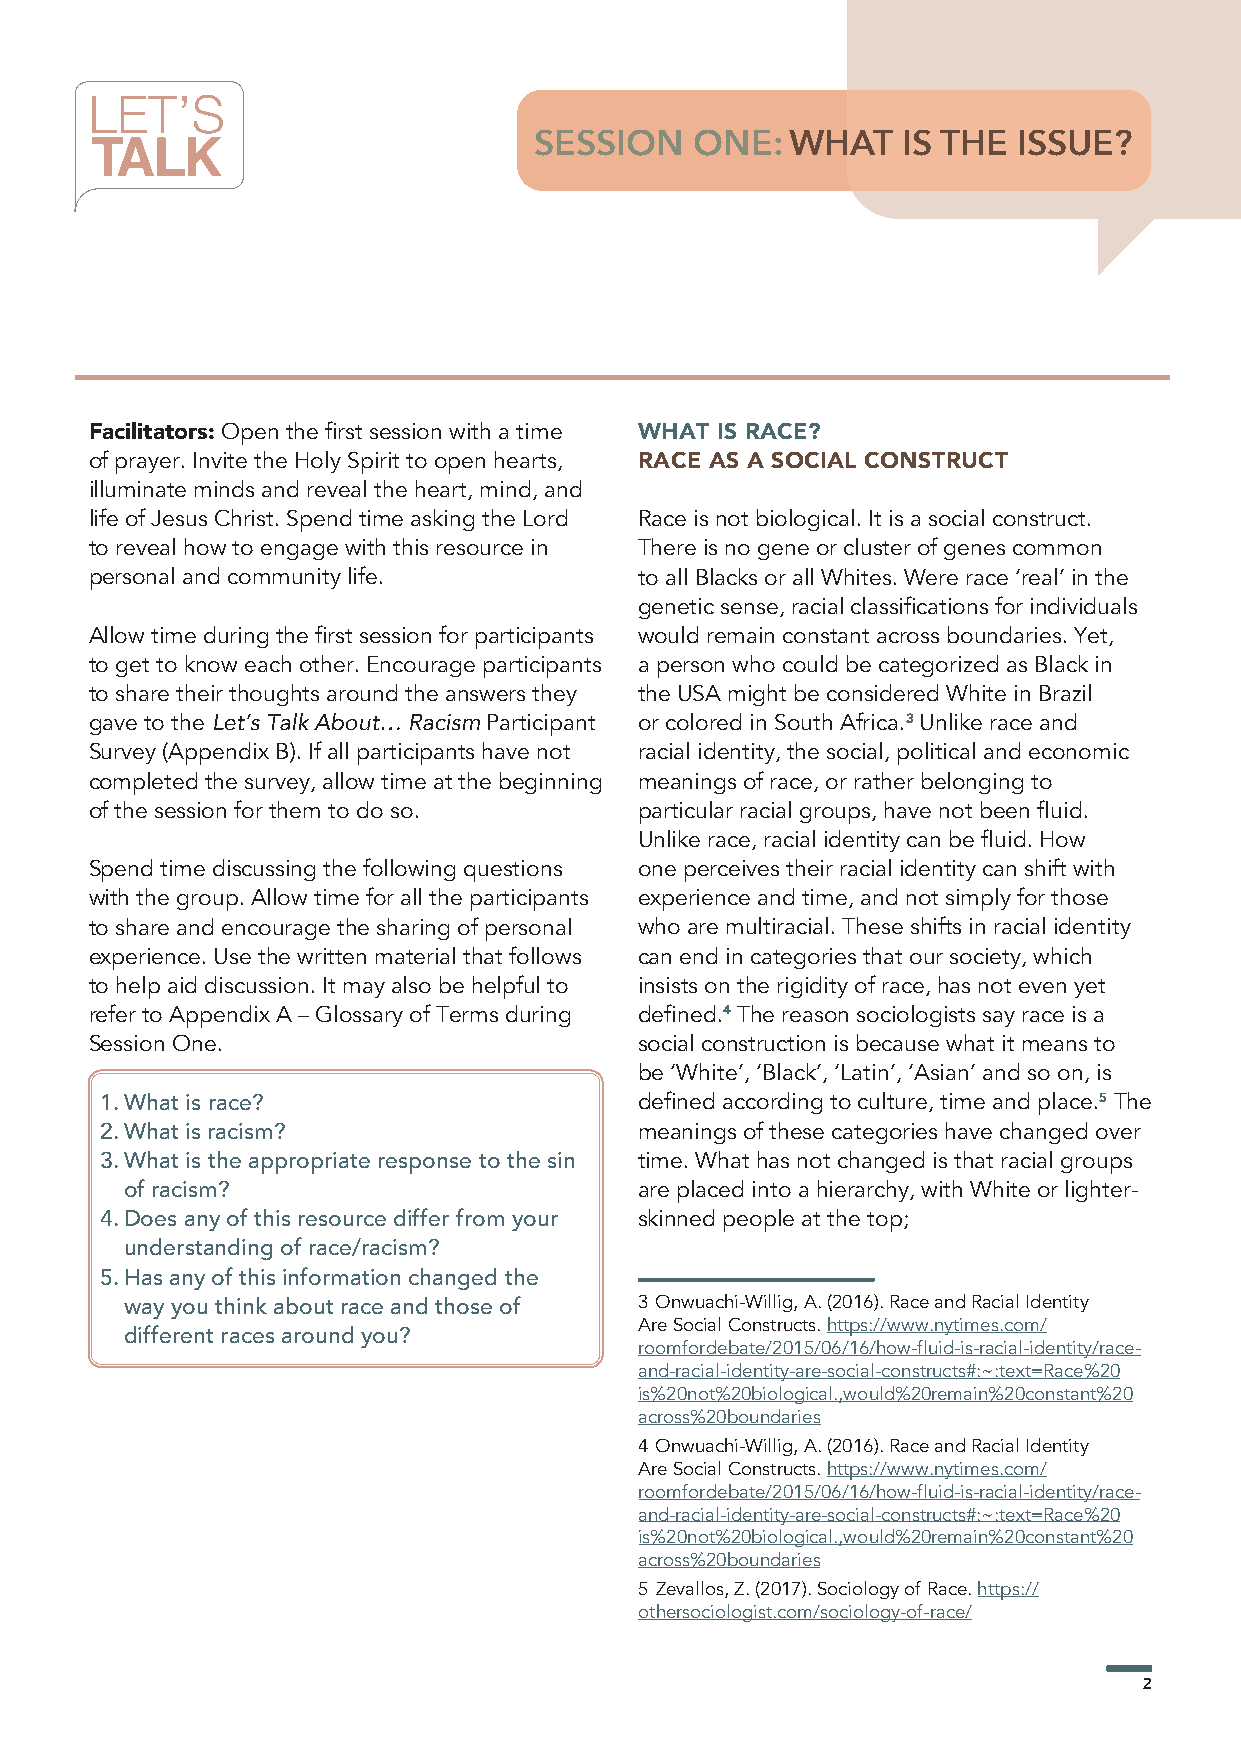
LET’S
 TALK                         SESSION    ONE:  WHAT    IS THE ISSUE?
 Facilitators: Open the first session with a time WHAT IS RACE?
 of prayer. Invite the Holy Spirit to open hearts, RACE AS A SOCIAL CONSTRUCT
 illuminate minds and reveal the heart, mind, and
 life of Jesus Christ. Spend time asking the Lord Race is not biological. It is a social construct.
 to reveal how to engage with this resource in There is no gene or cluster of genes common
 personal and community life.        to all Blacks or all Whites. Were race ‘real’ in the
 genetic sense, racial classifications for individuals
 Allow time during the first session for participants would remain constant across boundaries. Yet,
 to get to know each other. Encourage participants a person who could be categorized as Black in
 to share their thoughts around the answers they the USA might be considered White in Brazil
 gave to the Let’s Talk About… Racism Participant or colored in South Africa.3 Unlike race and
 Survey (Appendix B). If all participants have not racial identity, the social, political and economic
 completed the survey, allow time at the beginning meanings of race, or rather belonging to
 of the session for them to do so.   particular racial groups, have not been fluid.
 Unlike race, racial identity can be fluid. How
 Spend time discussing the following questions one perceives their racial identity can shift with
 with the group. Allow time for all the participants experience and time, and not simply for those
 to share and encourage the sharing of personal who are multiracial. These shifts in racial identity
 experience. Use the written material that follows can end in categories that our society, which
 to help aid discussion. It may also be helpful to insists on the rigidity of race, has not even yet
 refer to Appendix A – Glossary of Terms during defined.4 The reason sociologists say race is a
 Session One.                        social construction is because what it means to
 be ‘White’, ‘Black’, ‘Latin’, ‘Asian’ and so on, is
 1. What is race?                   defined according to culture, time and place.5 The
 2. What is racism?                 meanings of these categories have changed over
 3. What is the appropriate response to the sin time. What has not changed is that racial groups
 of racism?                        are placed into a hierarchy, with White or lighter-
 4. Does any of this resource differ from your skinned people at the top;
 understanding of race/racism?
 5. Has any of this information changed the
 way you think about race and those of 3 Onwuachi-Willig, A. (2016). Race and Racial Identity
 Are Social Constructs. https://www.nytimes.com/
 different races around you?
 roomfordebate/2015/06/16/how-fluid-is-racial-identity/race-
 and-racial-identity-are-social-constructs#:~:text=Race%20
 is%20not%20biological.,would%20remain%20constant%20
 across%20boundaries
 4 Onwuachi-Willig, A. (2016). Race and Racial Identity
 Are Social Constructs. https://www.nytimes.com/
 roomfordebate/2015/06/16/how-fluid-is-racial-identity/race-
 and-racial-identity-are-social-constructs#:~:text=Race%20
 is%20not%20biological.,would%20remain%20constant%20
 across%20boundaries
 5 Zevallos, Z. (2017). Sociology of Race. https://
 othersociologist.com/sociology-of-race/
 2